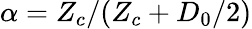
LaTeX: \alpha=Z_{c}/(Z_{c}+D_{0}/2)